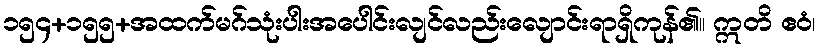
၁၅၄+၁၅၅+အထက်မဂ်သုံးပါးအပေါင်းလျင်လည်းလျောင်းရာရှိကုန်၏။ ဣတိ ဧဝံ၊